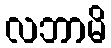
လဘာမိ